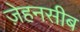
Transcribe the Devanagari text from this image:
ज़ेहनसीब